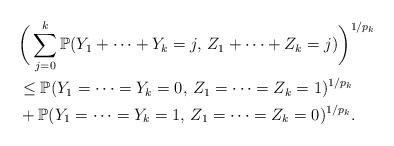
LaTeX: \begin{align*}& \bigg(\sum_{j=0}^{k} \mathbb{P}(Y_1+\cdots+Y_k=j,\, Z_1+\cdots+Z_k=j)\bigg)^{1/p_k} \\& \leq \mathbb{P}(Y_1=\cdots=Y_k=0,\, Z_1=\cdots=Z_k=1)^{1/p_k} \\& + \mathbb{P}(Y_1=\cdots=Y_k=1,\, Z_1=\cdots=Z_k=0)^{1/p_k}.\end{align*}